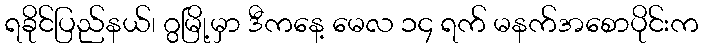
ရခိုင်ပြည်နယ်၊ ဂွမြို့မှာ ဒီကနေ့ မေလ ၁၄ ရက် မနက်အစောပိုင်းက